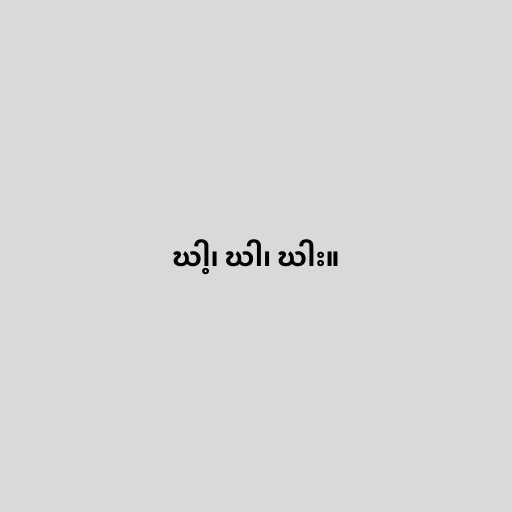
ဃါ့၊ ဃါ၊ ဃါး။